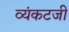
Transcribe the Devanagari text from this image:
व्यंकटजी